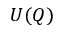
U ( Q )